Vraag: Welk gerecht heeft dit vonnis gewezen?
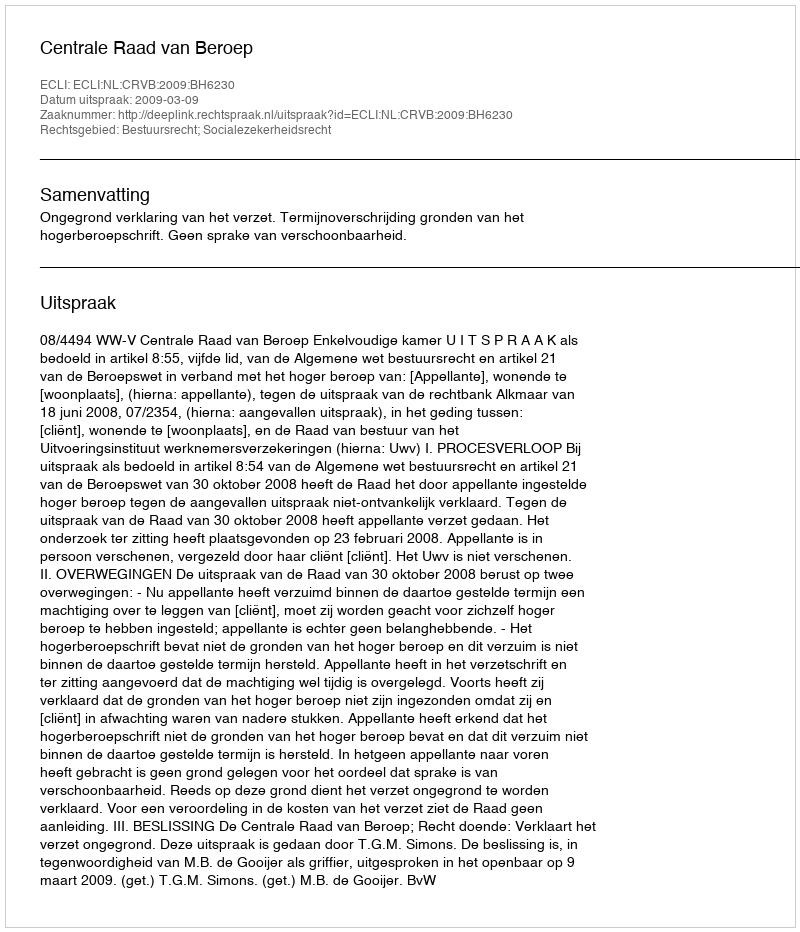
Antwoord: Centrale Raad van Beroep